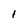
Character: I